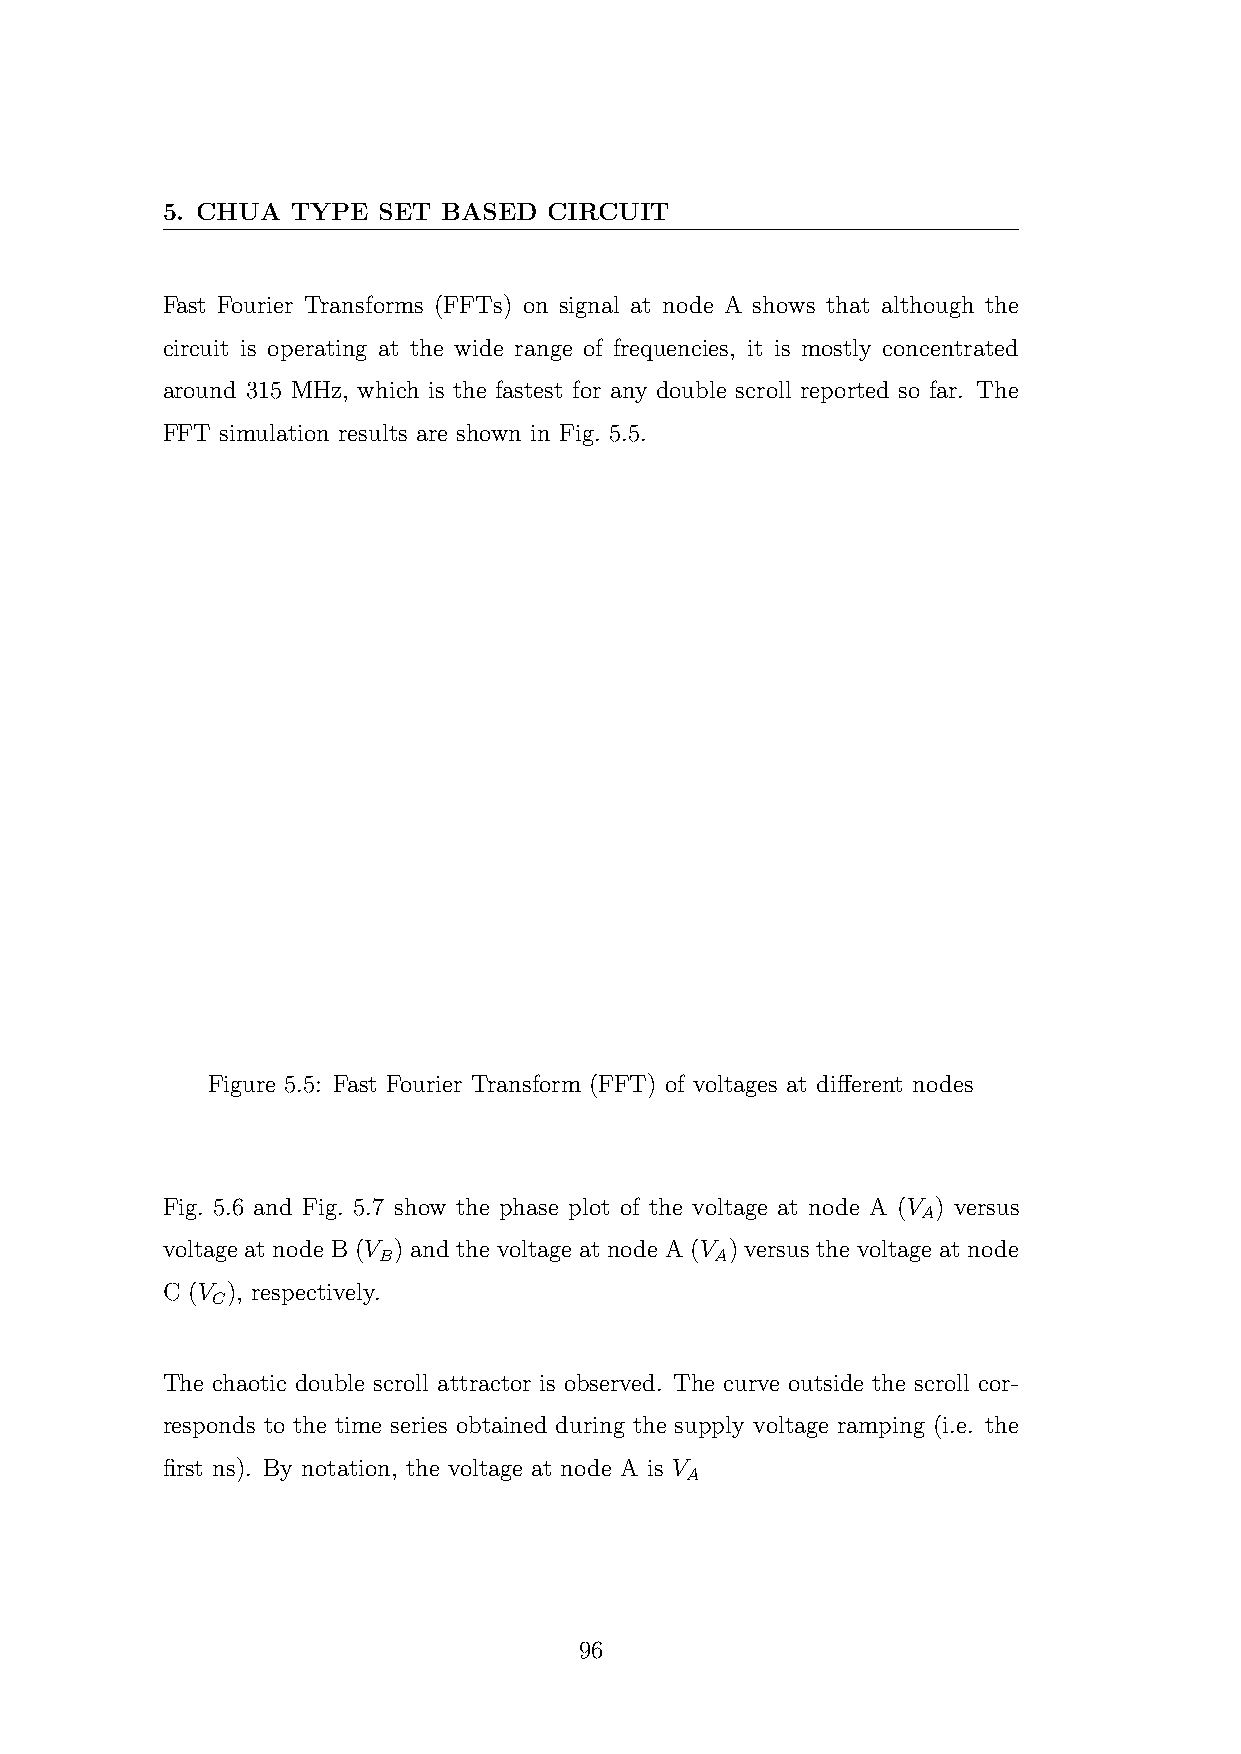
5. CHUA TYPE  SET BASED  CIRCUIT
 Fast Fourier Transforms (FFTs) on signal at node A shows that although the
 circuit is operating at the wide range of frequencies, it is mostly concentrated
 around 315 MHz, which is the fastest for any double scroll reported so far. The
 FFT simulation results are shown in Fig. 5.5.
 Figure 5.5: Fast Fourier Transform (FFT) of voltages at different nodes
 Fig. 5.6 and Fig. 5.7 show the phase plot of the voltage at node A (V ) versus
 A
 voltage at node B (V ) and the voltage at node A (V ) versus the voltage at node
 B                     A
 C (V ), respectively.
 C
 The chaotic double scroll attractor is observed. The curve outside the scroll cor-
 responds to the time series obtained during the supply voltage ramping (i.e. the
 first ns). By notation, the voltage at node A is V
 A
 96